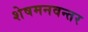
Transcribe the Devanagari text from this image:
शेषमनवन्तर